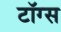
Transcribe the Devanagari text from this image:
टॉग्स